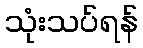
သုံးသပ်ရန်